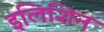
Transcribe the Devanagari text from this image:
इलिशिन